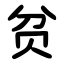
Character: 贫